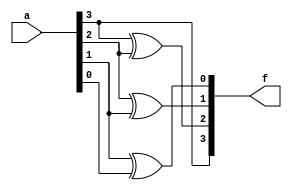
module bcdgray(a,f);
 input [3:0]a;
 output [3:0]f;
 assign f[3] = a[3];
 xor x1(f[2],a[3],a[2]);
 xor x2(f[1],a[2],a[1]);
 xor x3(f[0],a[1],a[0]);
endmodule

module testbench; 
reg [3:0]a; /*using loop*/
wire [3:0]f; 
bcdgray bcg (a[3:0],f[3:0]); 
initial
begin
	$monitor(,$time," a=%4b f=%4b",a,f);
	#0 a =  4'b0000;
	repeat(8)/*repeat the loop 8 times*/
	#8 a = a + 4'b0001;/*after every 8s change the value of a, which in turn changes the value of a[0,1,2]. It runs for 8*8 = 64s */
	end
initial
begin
$dumpfile("bcd2gray.vcd");
$dumpvars();
end//there can be multiple begin and ends
endmodule